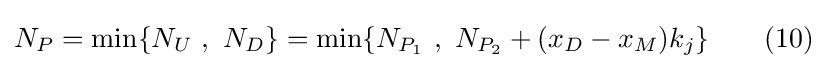
N_{P}=\min\{N_{U}\ ,\ N_{D}\}=\min\{N_{P_{1}}\ ,\ N_{P_{2}}+(x_{D}-x_{M})k_{j}\}\qquad (10)